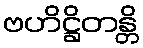
ဗဟိဋ္ဌိတန္တိ